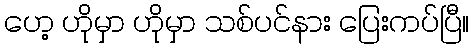
ဟေ့ ဟိုမှာ ဟိုမှာ သစ်ပင်နား ပြေးကပ်ပြီ။